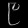
Digit: ၉